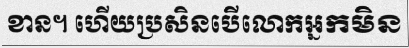
ខាន។ ហើយប្រសិនបើលោកអ្នកមិន